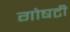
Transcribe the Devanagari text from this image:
गोषटी